Newspaper: The Stark County Democrat. [volume]
Place of publication: Canton, Ohio
Publisher: W. & G. Dunbar, Jr.
Date: 1870-08-24 00:00:00
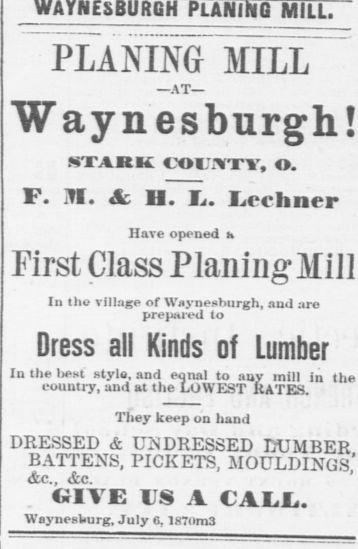
Advertisement text (OCR):
PLAN I hi G MILL PLANING MILL AT Waynesburgh! STARK (X)I .TY, O. F. M. & II. Ii. Jec liner Have opened I. First Class PlaninMill In the village of Waynesburgh, and are prepared to Dress all Kinds of Lumber In the best style, and eqnal to any mill in the country, aud at the LOWEST KATES. They keep on hand DRESSED & UNDRESSED LUMBER BATTENS, PICKETS, MOULDINGS &c, &c. ' IVE US A CAUL. Waynestturg, July 8, 187nm3
Label: text-only